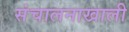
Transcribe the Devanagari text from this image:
संचालनाखाली